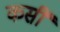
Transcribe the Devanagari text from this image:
कसीं